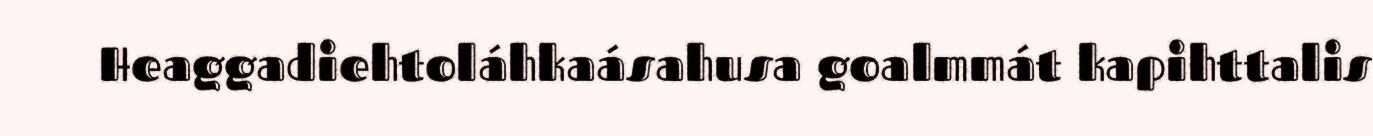
Heaggadiehtoláhkaásahusa goalmmát kapihttalis